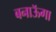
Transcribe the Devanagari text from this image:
बनाऊॅगा